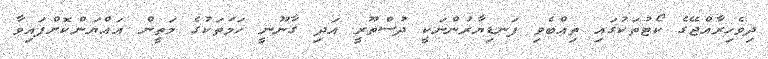
ދިވެހިރާއްޖޭގެ ކޯޓުތަކުގައި ތިއްބެވި ފަނޑިޔާރުންނަކީ ދުސްތޫރީ އަދި ގާނޫނީ ހަމަތަކުގެ މަތީން އައްޔަންކޮށްފައިވާ